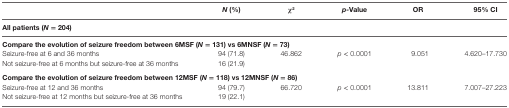
|  | N (%) | χ2 | p-Value | OR | 95% CI |
 | --- | --- | --- | --- | --- | --- |
 | <COLSPAN=6> All patients (N = 204) |
 | <COLSPAN=6> Compare the evolution of seizure freedom between 6MSF (N = 131) vs 6MNSF (N = 73) |
 | Seizure-free at 6 and 36 months | 94 (71.8) | 46.862 | p < 0.0001 | 9.051 | 4.620–17.730 |
 | Not seizure-free at 6 months but seizure-free at 36 months | 16 (21.9) |  |  |  |  |
 | <COLSPAN=6> Compare the evolution of seizure freedom between 12MSF (N = 118) vs 12MNSF (N = 86) |
 | Seizure-free at 12 and 36 months | 94 (79.7) | 66.720 | p < 0.0001 | 13.811 | 7.007–27.223 |
 | Not seizure-free at 12 months but seizure-free at 36 months | 19 (22.1) |  |  |  |  |